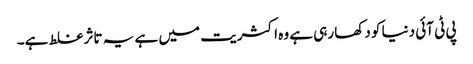
پی ٹی آئی دنیا کو دکھا رہی ہے وہ اکثریت میں ہے یہ تاثر غلط ہے۔